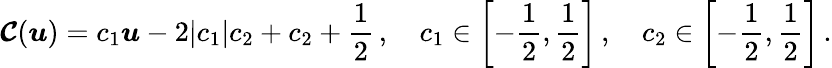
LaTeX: \boldsymbol{\mathcal{C}}(\boldsymbol{u})=c_{1}\boldsymbol{u}-2|c_{1}|c_{2}+c_{2}+\frac{1}{2}\, ,\quad c_{1}\in\left[-\frac{1}{2},\frac{1}{2}\right]\, ,\quad c_{2}\in\left[-\frac{1}{2},\frac{1}{2}\right]\, .